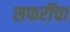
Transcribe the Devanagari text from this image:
सफरींचा